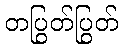
တပြွတ်ပြွတ်